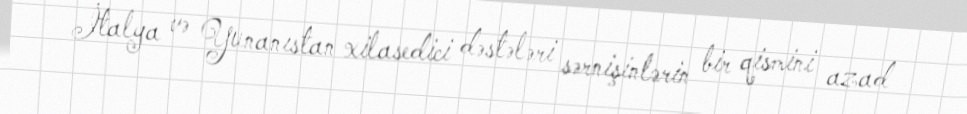
İtalya və Yunanıstan xilasedici dəstələri sərnişinlərin bir qismini azad